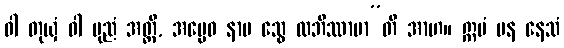
ဝါ တုယှံ ဝါ ပုညံ အတ္ထိ, အပ္ပေဝ နာမ သွေ လဘိဿာမာ”တိ အာဟ။ ဣမံ ပန နေသံ